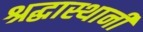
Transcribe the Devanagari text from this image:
श्रद्धास्थानी